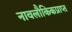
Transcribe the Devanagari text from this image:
नावलौकिकप्राप्त